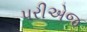
પરીએજ